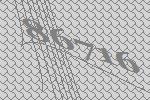
86716